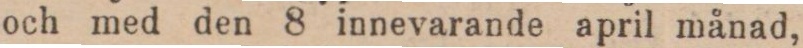
och med den 8 innevarande april månad,